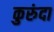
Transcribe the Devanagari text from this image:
कुरुंदा